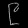
Digit: ၉